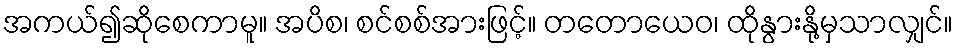
အကယ်၍ဆိုစေကာမူ။ အပိစ၊ စင်စစ်အားဖြင့်။ တတောယေဝ၊ ထိုနွားနို့မှသာလျှင်။